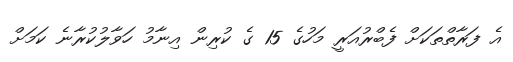
އެ ފަރާތްތަކަށް ފެބްރުއަރީ މަހުގެ 15 ގެ ކުރިން އިނާމު ހަވާލުކުރާނެ ކަމަށް